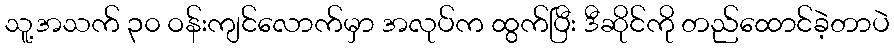
သူ့အသက် ၃၀ ဝန်းကျင်လောက်မှာ အလုပ်က ထွက်ပြီး ဒီဆိုင်ကို တည်ထောင်ခဲ့တာပဲ